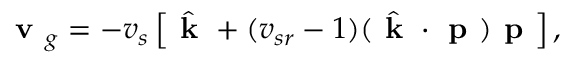
\textbf { v } _ { g } = - v _ { s } \left[ \hat { \textbf { k } } + ( v _ { s r } - 1 ) ( \hat { \textbf { k } } \cdot \textbf { p } ) \textbf { p } \right] ,